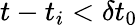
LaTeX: t-t_{i}<\delta t_{0}